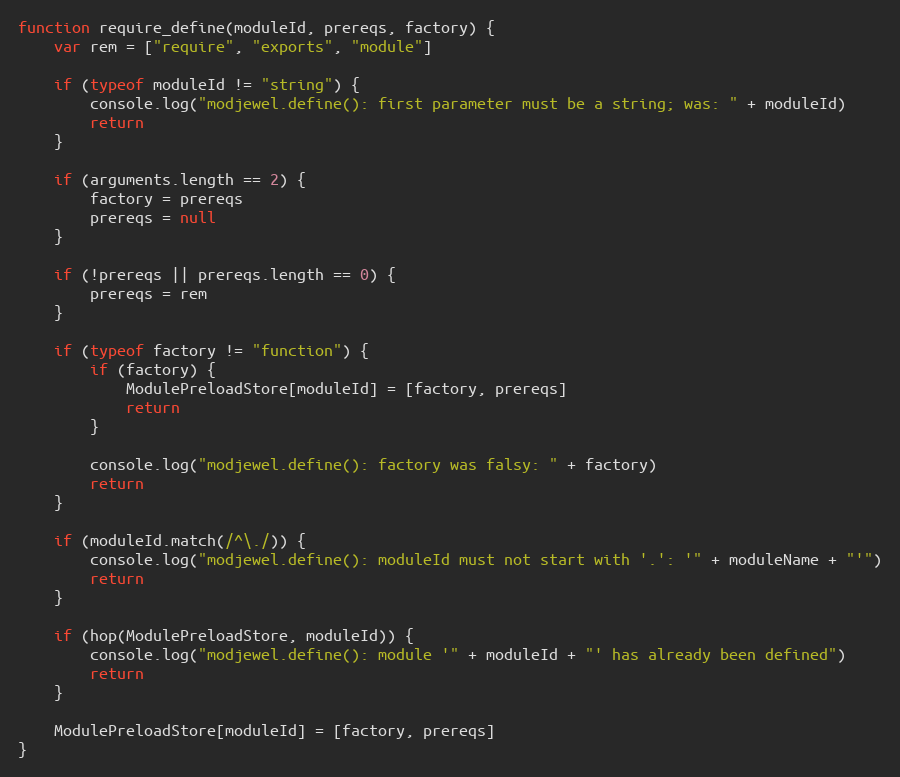
Language: JavaScript
function require_define(moduleId, prereqs, factory) {
    var rem = ["require", "exports", "module"]

    if (typeof moduleId != "string") {
        console.log("modjewel.define(): first parameter must be a string; was: " + moduleId)
        return
    }

    if (arguments.length == 2) {
        factory = prereqs
        prereqs = null
    }

    if (!prereqs || prereqs.length == 0) {
        prereqs = rem
    }

    if (typeof factory != "function") {
        if (factory) {
            ModulePreloadStore[moduleId] = [factory, prereqs]
            return
        }

        console.log("modjewel.define(): factory was falsy: " + factory)
        return
    }

    if (moduleId.match(/^\./)) {
        console.log("modjewel.define(): moduleId must not start with '.': '" + moduleName + "'")
        return
    }

    if (hop(ModulePreloadStore, moduleId)) {
        console.log("modjewel.define(): module '" + moduleId + "' has already been defined")
        return
    }

    ModulePreloadStore[moduleId] = [factory, prereqs]
}